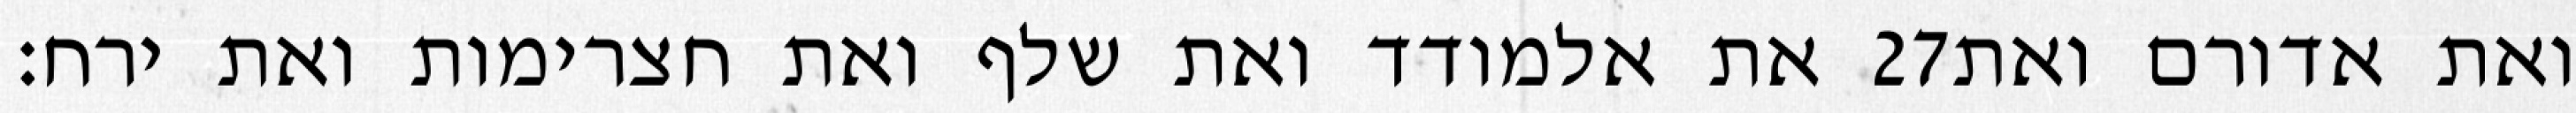
את אלמודד ואת שלף ואת חצרימות ואת ירח׃ ‎27‏ ואת אדורם ואת